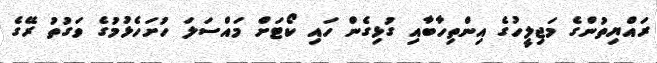
ރައްޔިތުންގެ މަޖިލީހުގެ އިންތިހާބާއި ގުޅިގެން ހައި ކޯޓަށް މައްސަލަ ހުށަހެޅުމުގެ ވަގުތު ރޭގެ